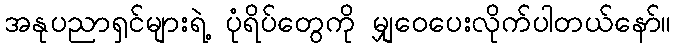
အနုပညာရှင်များရဲ့ ပုံရိပ်တွေကို မျှဝေပေးလိုက်ပါတယ်နော်။